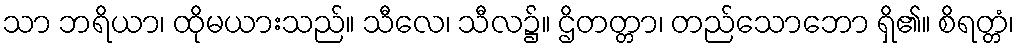
သာ ဘရိယာ၊ ထိုမယားသည်။ သီလေ၊ သီလ၌။ ဌိတတ္တာ၊ တည်သောဘော ရှိ၏။ စိရတ္တံ၊